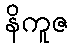
နိကူဇ